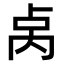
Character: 𫧯